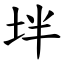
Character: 坢